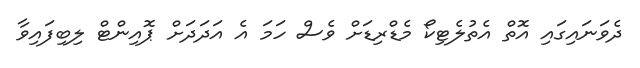
ދެވަނައިގައި އޮތް އެތުލެޓިކޯ މެޑްރިޑަށް ވެސް ހަމަ އެ އަދަދަށް ޕޮއިންޓް ލިބިފައިވާ